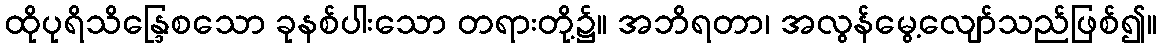
ထိုပုရိသိန္ဒြေစသော ခုနစ်ပါးသော တရားတို့၌။ အဘိရတာ၊ အလွန်မွေ့လျော်သည်ဖြစ်၍။